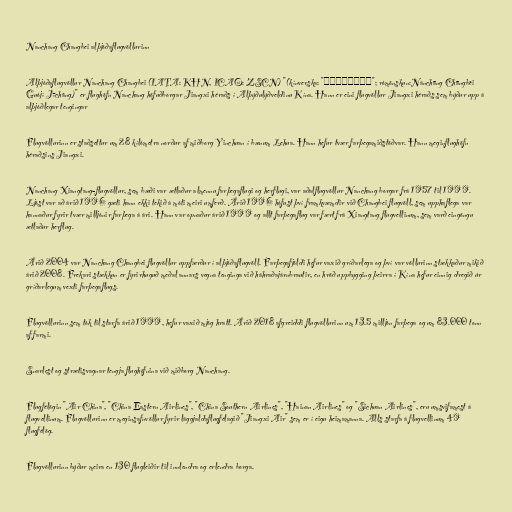
Nanchang Changbei alþjóðaflugvöllurinn

Alþjóðaflugvöllur Nanchang Changbei (IATA: KHN, ICAO: ZSCN) "(kínverska: "南昌昌北国际机场"; rómönskun:Nánchāng Chāngběi
Guójì Jīchǎng)" er flughöfn Nanchang höfuðborgar Jiangxi héraðs í Alþýðulýðveldinu Kína. Hann er eini flugvöllur Jiangxi héraðs sem býður upp á
alþjóðlegar tengingar

Flugvöllurinn er staðsettur um 28 kílómetra norður af miðborg Yinchuan í bænum Lehua. Hann hefur tvær farþegamiðstöðvar. Hann meginflughöfn
héraðsins Jiangxi.

Nanchang Xiangtang-flugvöllur, sem bæði var ætlaður almennu farþegaflugi og herflugi, var aðalflugvöllur Nanchang borgar frá 1957 til 1999.
Ljóst var að árið 1996 gæti hann ekki tekið á móti meiri umferð. Árið 1996 hófust því framkvæmdir við Changbei flugvöll, sem upphaflega var
hannaður fyrir tvær milljónir farþega á ári. Hann var opnaður árið 1999 og allt farþegaflug var fært frá Xiangtang flugvellinum, sem varð eingöngu
ætlaður herflug.

Árið 2004 var Nanchang Changbei flugvöllur uppfærður í alþjóðaflugvöll. Farþegafjöldi hefur vaxið gríðarlega og því var völlurinn stækkaður mikið
árið 2008. Frekari stækkun er fyrirhuguð meðal annars vegna tenginga við háhraðajárnbrautir, en hröð uppbygging þeirra í Kína hefur einnig dregið úr
gríðarlegum vexti farþegaflugs.

Flugvöllurinn sem tók til starfa árið 1999, hefur vaxið mjög hratt. Árið 2018 afgreiddi flugvöllurinn um 13.5 milljón farþega og um 83.000 tonn
af farmi.

Snarlest og strætisvagnar tengja flughöfnina við miðborg Nanchang.

Flugfélögin "Air China", "China Eastern Airlines", "China Southern Airlines", "Hainan Airlines" og "Sichuan Airlines", eru umsvifamest á
flugvellinum. Flugvöllurinn er meginsafnvöllur fyrir lággjaldaflugfélagið "Jiangxi Air" sem er í eigu heimamanna. Alls starfa á flugvellinum 49
flugfélög.

Flugvöllurinn býður meira en 130 flugleiðir til innlendra og erlendra borga.